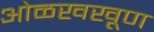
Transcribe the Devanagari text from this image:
ओळखखूण